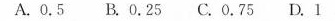
A.0.5 B.0.25 C.0.75 D.1